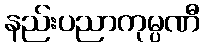
နည်းပညာကုမ္ပဏီ